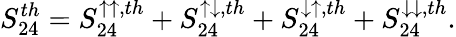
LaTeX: {S_{24}^{th}=S_{24}^{\uparrow\uparrow,th}+S_{24}^{\uparrow\downarrow,th}+S_{24}^{\downarrow\uparrow,th}+S_{24}^{\downarrow\downarrow,th}}.